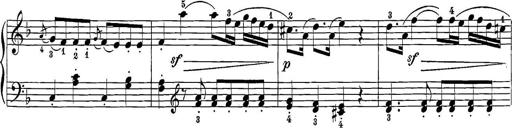
Title: 12 Sonatine per Pianoforte
Composer: Friedrich Kuhlau